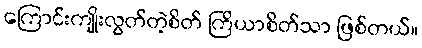
ကြောင်းကျိုးလွတ်တဲ့စိတ် ကြိယာစိတ်သာ ဖြစ်တယ်။